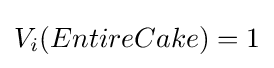
V_{i}(EntireCake)=1